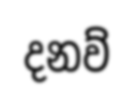
දනව්